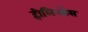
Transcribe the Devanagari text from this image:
हीलिओस